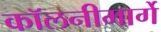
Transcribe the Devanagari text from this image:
कॉलनीमार्गे